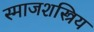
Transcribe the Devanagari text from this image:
स्माजशस्त्रिय